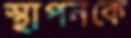
স্থাপনকে